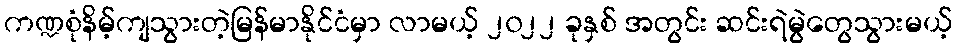
ကဏ္ဍစုံနိမ့်ကျသွားတဲ့မြန်မာနိုင်ငံမှာ လာမယ့် ၂၀၂၂ ခုနှစ် အတွင်း ဆင်းရဲမွဲတွေသွားမယ့်